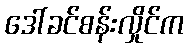
ဒေါ်ခင်စန်းလှိုင်က